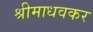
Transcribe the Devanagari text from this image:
श्रीमाधवकर